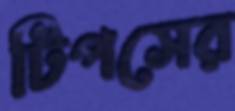
টিপসের